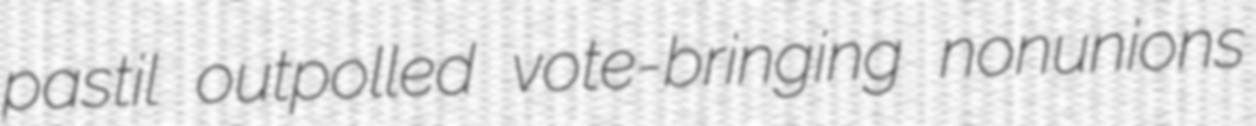
pastil outpolled vote-bringing nonunions